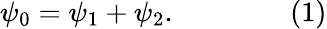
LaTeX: \psi_{0}=\psi_{1}+\psi_{2}.\qquad\qquad(1)